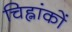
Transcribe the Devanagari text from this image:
चिह्नांकों